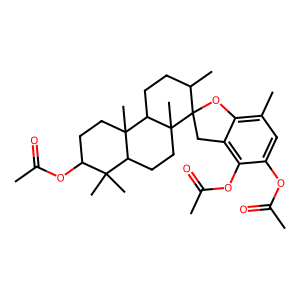
SMILES: CC(=O)Oc1cc(C)c2c(c1OC(C)=O)CC1(O2)C(C)CCC2C3(C)CCC(OC(C)=O)C(C)(C)C3CCC21C
Inhibits HIV replication: No